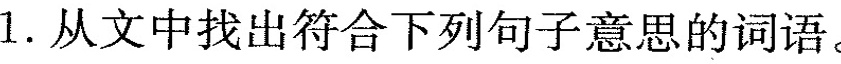
1. 从文中找出符合下列句子意思的词语。